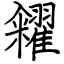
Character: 糴